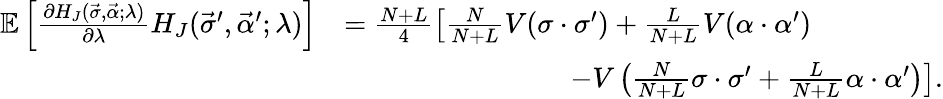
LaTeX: \begin{array}{rl}{\mathbb{E}\left[\frac{\partial H_{J}(\vec{\sigma},\vec{\alpha};\lambda)}{\partial\lambda}H_{J}(\vec{\sigma}^{\prime},\vec{\alpha}^{\prime};\lambda)\right]}&{=\frac{N+L}{4}\left[\frac{N}{N+L}V(\sigma\cdot\sigma^{\prime})+\frac{L}{N+L}V(\alpha\cdot\alpha^{\prime})\right.}\\ &{\qquad\qquad\qquad\qquad\left.-V\left(\frac{N}{N+L}\sigma\cdot\sigma^{\prime}+\frac{L}{N+L}\alpha\cdot\alpha^{\prime}\right)\right].}\end{array}